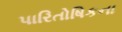
પારિતોષિકના